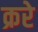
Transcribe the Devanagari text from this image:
क्ररे